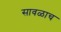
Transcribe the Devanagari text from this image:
सावळाच